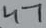
Text: 47